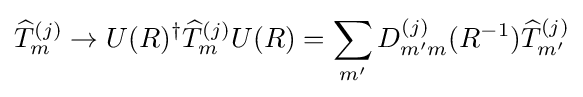
{\widehat {T}}_{m}^{(j)}\rightarrow U(R)^{\dagger }{\widehat {T}}_{m}^{(j)}U(R)=\sum _{m'}D_{m'm}^{(j)}(R^{-1}){\widehat {T}}_{m'}^{(j)}